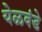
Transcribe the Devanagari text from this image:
येळवंडे